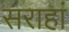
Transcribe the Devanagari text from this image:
सराहां